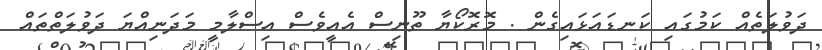
ދަވުލަތެއް ކަމުގައި ކަނޑައަޅައިގެން . މޮރޮކޯޔާ ތޫނިސް އެއީވެސް އިސްލާމީ މަދަނިއްޔަ ދަވުލަތްތައް